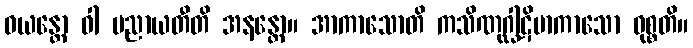
ဝယန္တော ဝါ ပညာယတီတိ အနန္တော။ အာကာသောတိ ကသိဏုဂ္ဃါဋိမာကာသော ဝုစ္စတိ။